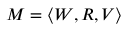
M = \langle W , R , V \rangle